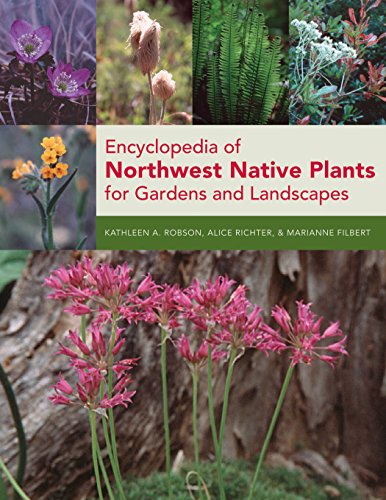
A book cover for Encyclopedia of Northwest Native Plants for Gardens and Landscapes; Marianne Filbert; Crafts, Hobbies & Home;